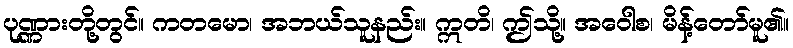
ပုဏ္ဏားတို့တွင်။ ကတမော၊ အဘယ်သူနည်း။ ဣတိ၊ ဤသို့။ အဝေါစ၊ မိန့်တော်မူ၏။